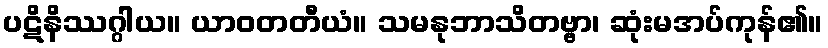
ပဋိနိဿဂ္ဂါယ။ ယာဝတတီယံ။ သမနုဘာသိတဗ္ဗာ၊ ဆုံးမအပ်ကုန်၏။